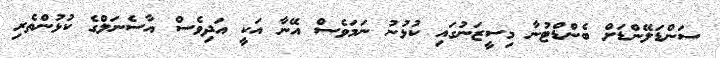
ސަންޑަލޭންޑަށް ބެންޑްޓުނާ މިސީޒަނުގައި ކުޅުނު ނަމަވެސް އޭނާ އަކީ އަދިވެސް އާސެނަލްގެ ކުޅުންތެރި